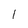
Character: 1